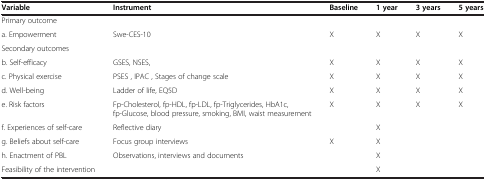
<table><thead><tr><td><b>Variable</b></td><td><b>Instrument</b></td><td><b>Baseline</b></td><td><b>1 year</b></td><td><b>3 years</b></td><td><b>5 years</b></td></tr></thead><tbody><tr><td colspan="6">Primary outcome</td></tr><tr><td>a. Empowerment</td><td>Swe-CES-10</td><td>X</td><td>X</td><td>X</td><td>X</td></tr><tr><td colspan="6">Secondary outcomes</td></tr><tr><td>b. Self-efficacy</td><td>GSES, NSES,</td><td>X</td><td>X</td><td>X</td><td>X</td></tr><tr><td>c. Physical exercise</td><td>PSES , IPAC , Stages of change scale</td><td>X</td><td>X</td><td>X</td><td>X</td></tr><tr><td>d. Well-being</td><td>Ladder of life, EQ5D</td><td>X</td><td>X</td><td>X</td><td>X</td></tr><tr><td>e. Risk factors</td><td>Fp-Cholesterol, fp-HDL, fp-LDL, fp-Triglycerides, HbA1c, fp-Glucose, blood pressure, smoking, BMI, waist measurement</td><td>X</td><td>X</td><td>X</td><td>X</td></tr><tr><td>f. Experiences of self-care</td><td>Reflective diary</td><td> </td><td>X</td><td> </td><td> </td></tr><tr><td>g. Beliefs about self-care</td><td>Focus group interviews</td><td>X</td><td>X</td><td> </td><td> </td></tr><tr><td>h. Enactment of PBL</td><td>Observations, interviews and documents</td><td> </td><td>X</td><td> </td><td> </td></tr><tr><td>Feasibility of the intervention</td><td> </td><td> </td><td>X</td><td> </td><td> </td></tr></tbody></table>